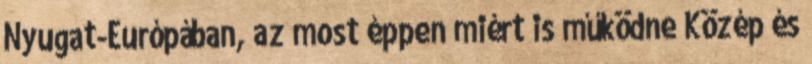
Nyugat-Európában, az most éppen miért is működne Közép és